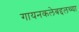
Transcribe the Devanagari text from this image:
गायनकलेबद्दलच्या